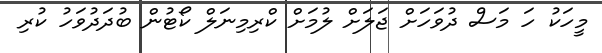
މީހަކު ހަ މަސް ދުވަހަށް ޖަލަށް ލުމަށް ކްރިމިނަލް ކޯޓުން ބުދަދުވަހު ކުރި